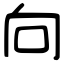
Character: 向